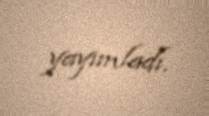
yayımladı.